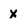
Character: x